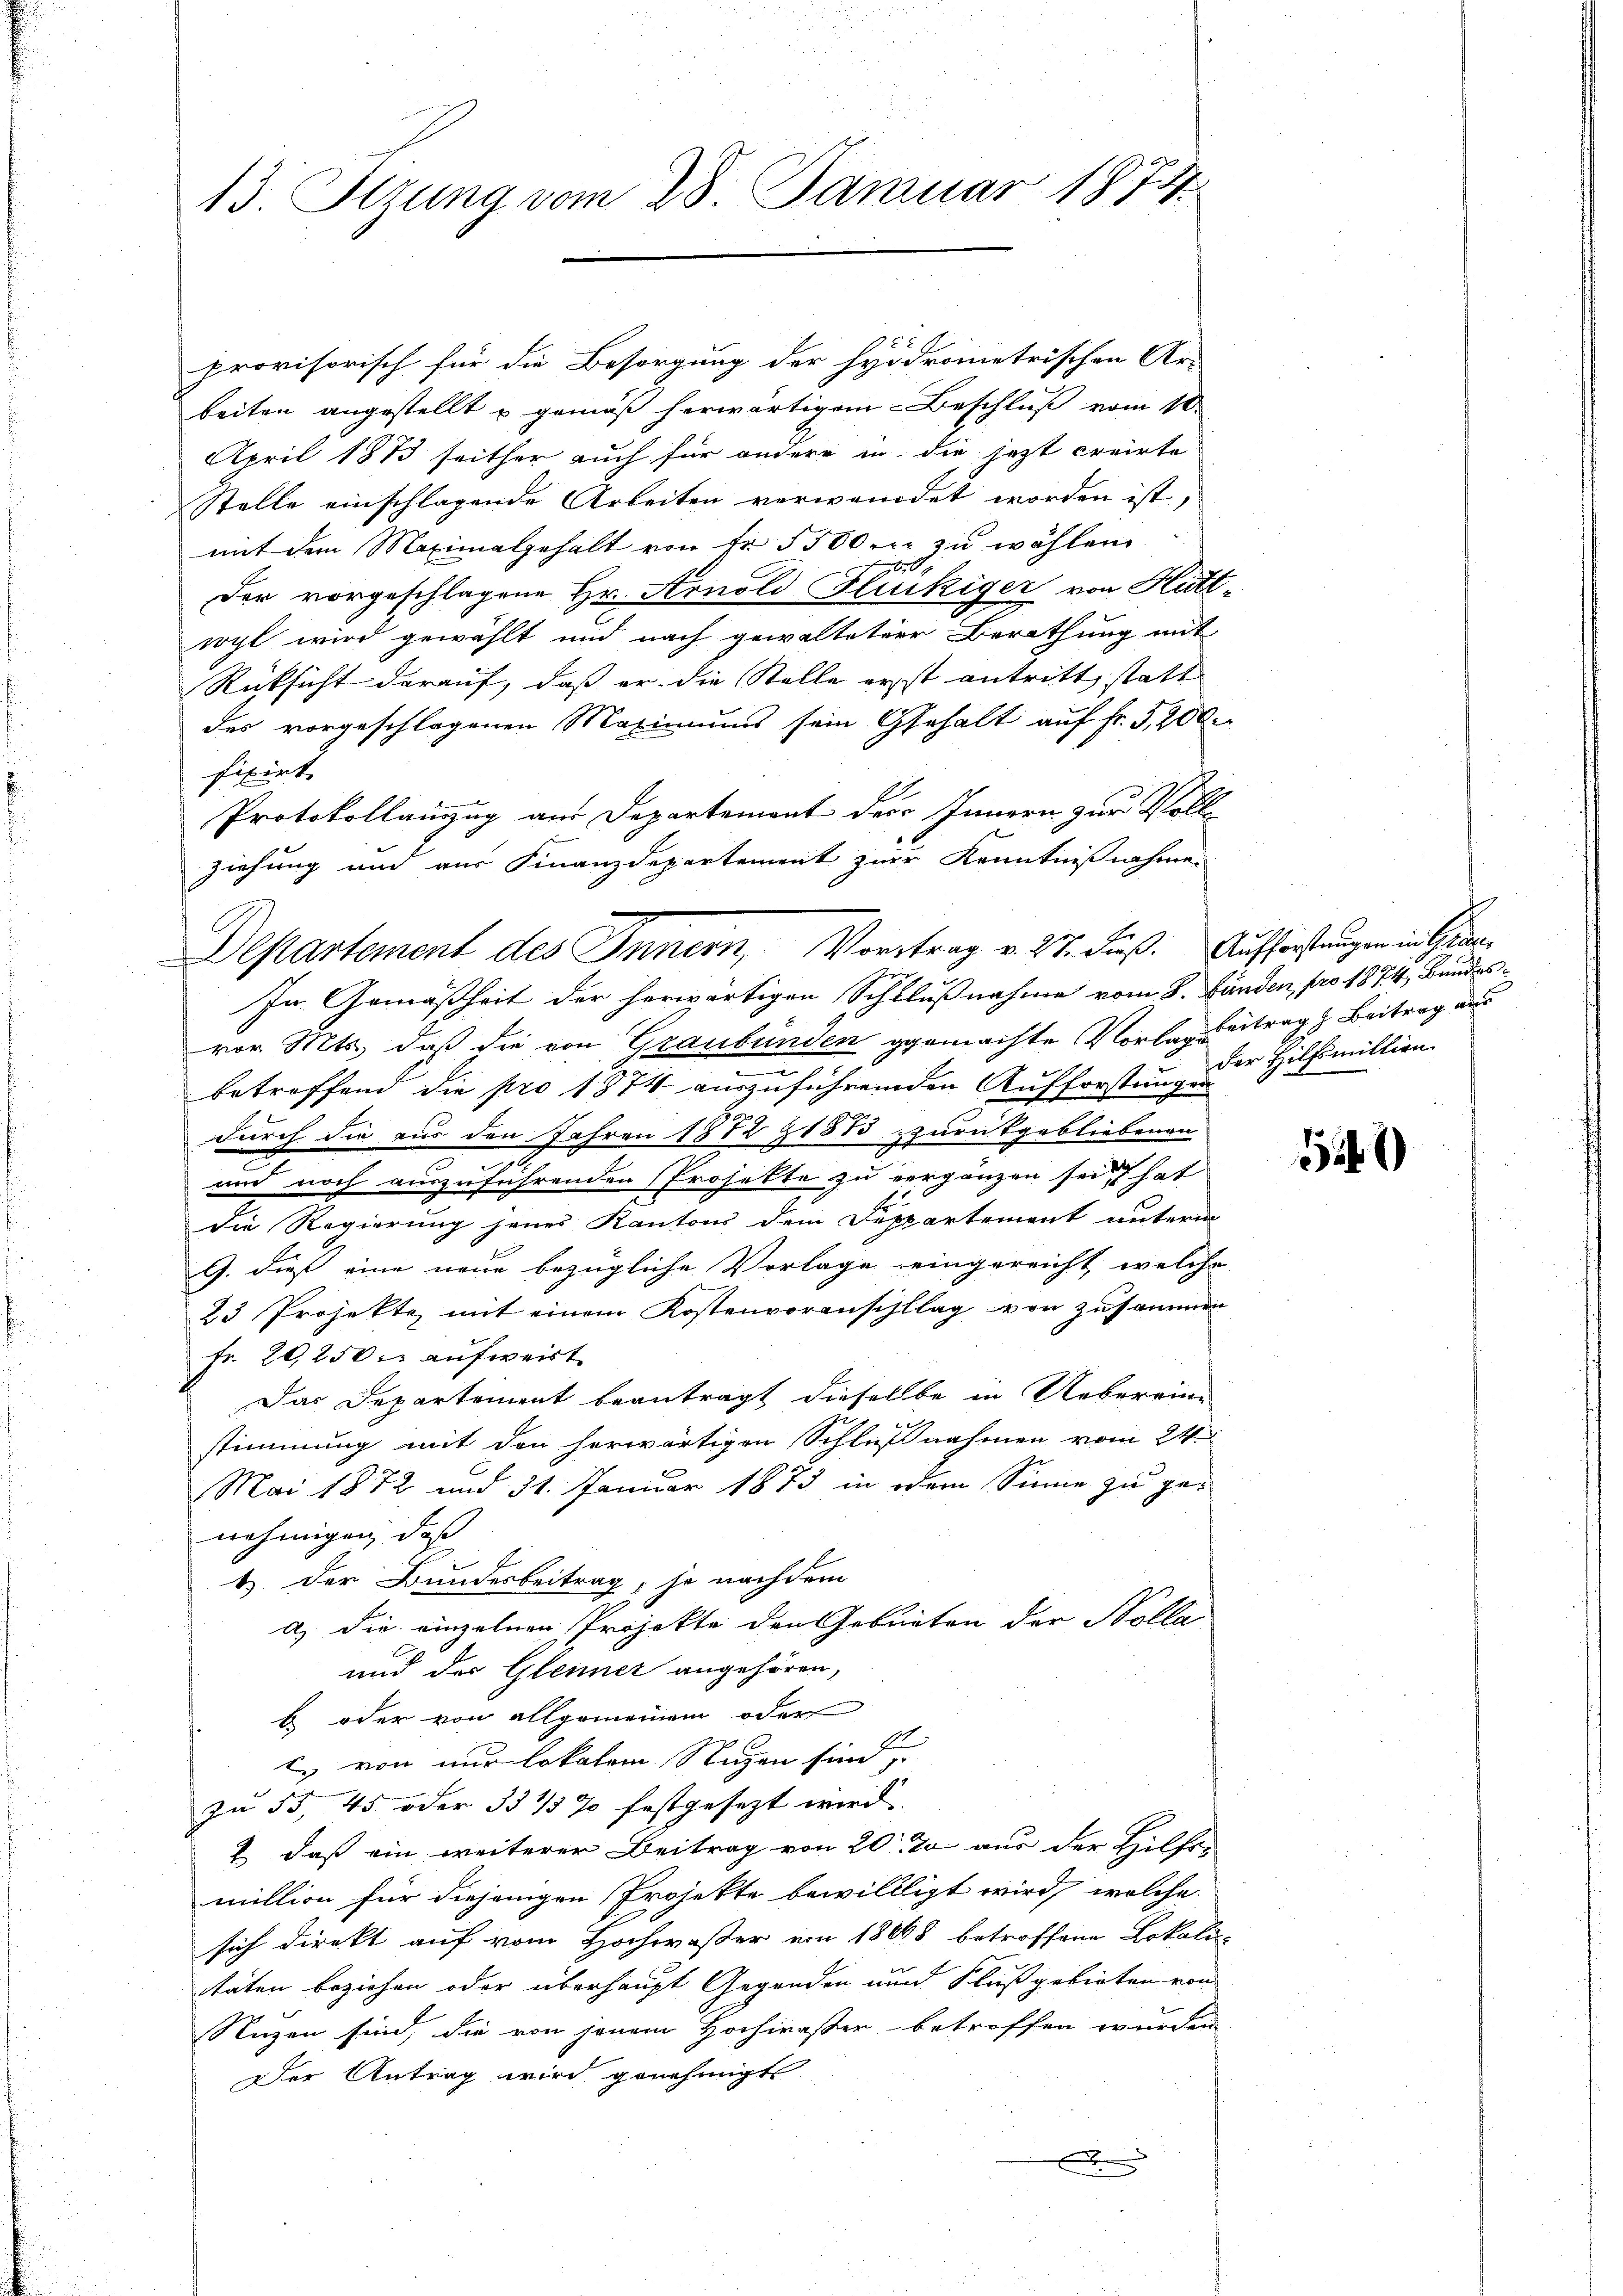
13. Sizung vom 28. Januar 1874

provisorisch für die Besorgung der hyödrometrischen Ar-
beiten angestellt u gemäß herwärtigen Beschluß vom 10.
April 1873 seither auch für andere in die jetzt creirte
Stelle einschlagende Arbeiten verwendet worden ist,
mit dem Maximalgehalt von Fr. 5500 er zu wählen
0
Der vorgeschlagene Hr. Arnold Glückiger von Kutt-
wyl wird gewählt und nach gewalteter Berathung mit
Rücksicht darauf, daß er die Stelle erst antritt statt
des vorgeschlagenen Maximums sein Gehalt auf Fr. 5,200.
fixirt.
Protokollauszug aus Departement des Innern zur Vollziehung und aus Finanzdepartement zur Kenntnißnahme
In Gemäßheit der herwärtigen Schlußnahme vom 8. Länden, pro 1874, Bundes-
vor. Mts., daß die von Graubünden gemachte Vorlag betrag Beitrag aus
betreffend die pro 1874 auszuführenden Aufforstungen
durch die aus den Jahren 1872 & 1873 zurückgebliebenen
.
und noch auszuführenden Projekte zu vergänzen sei, hat
die Regierung jenes Kantons dem Deppartement unterm
G. dieß eine neue bezügliche Vorlage eingereicht, welche
23 Projekte mit einem Kostenvoranschlag von zusammen
fr. 20,250. aufweist
Das Departement beantragt dieselbe in Ueberein-
e
stimmung mit den herwärtigen Schlußnahmen vom 24.
Mai 1872 und 31. Januar 1873 in dem Sinne zu genehmigen, daß
1) Der Bundesbeitrag, so nachdem
a) die einzelnen Projekte den Gebieten der Bolla
und der Glenner angehören,
b oder von allgemeinem oder
t. von nur lokalen Segen sind
zu 55, 45. oder 33 1/3 % festgesezt wird.
2 daß ein weiterer Beitrag von 20 % aus der Hilfs-
million für diejenigen Projekte bewillligt wird, welche
sich direkt auf vom Hochwaßer von 18648 betroffene Lokali-
täten beziehen oder überhaupt Gegenden und Flußgebieten von
Nuzen sind, die von jenem Hochwaßer betroffen wurden
Der Antrag wird genehmigt
.

Departement des Innern, Vortrag v. 27. Fuß. Aufforstungen in Gese¬
Jung
0

der Hilfsmittiren.

1249